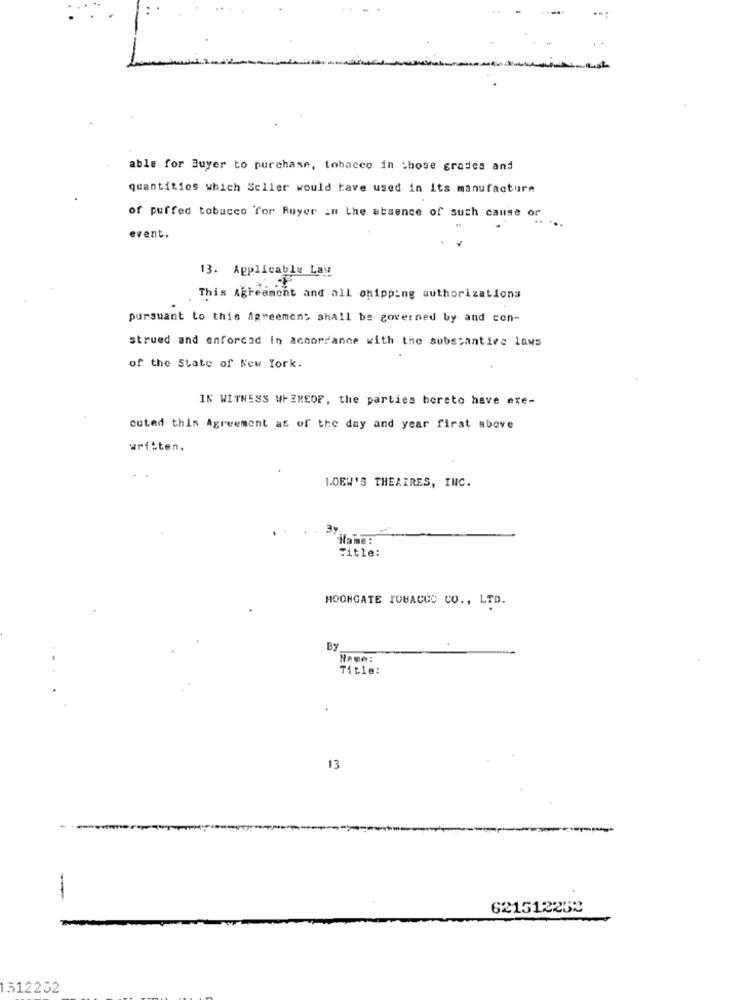
able for Buyer to purchase, tobacco in those grades and
quantities which Seller would have used in its manufacture
of puffed tobacco for Ruyer in the absence of such cause or
event.
13. Applicable Law
This Agreement and all shipping authorizations
pursuant to this Agreement shall be governed by and con-
strued and enforced in accordance with the substantive laws
of the State of New York.
IN WITNESS WHEREOF, the parties hereto have exe-
cuted this Agreement as of the day and year first above
written.
LOEW'S THEAIRES, INC.
37
Hame:
Title:
MOONGATE TOBACCO CO ., LTD.
By
Name:
Title:
13
621512232
1512252